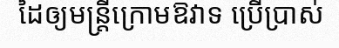
ដៃឲ្យមន្ត្រីក្រោមឱវាទ ប្រើប្រាស់